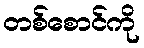
တစ်စောင်ကို